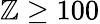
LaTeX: \mathbb{Z}\geq100